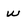
Character: w